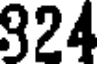
924